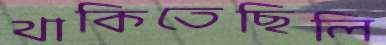
থাকিতেছিলি